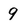
Character: 9